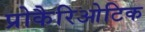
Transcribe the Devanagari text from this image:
प्रोकैरिओटिक